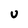
Character: U